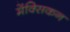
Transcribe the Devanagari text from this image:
मेंक्सिकन